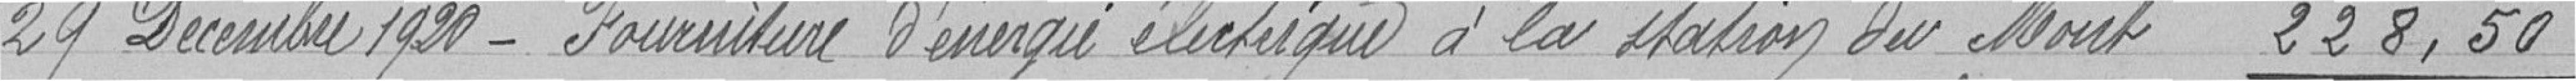
29 décembre 1920 - Fourniture d'énergie électrique à la station du Mont 228,50